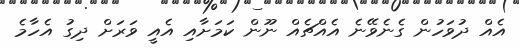
އެއް ދުވަހުން ގެނެވޭނެ އެއްޗެއް ނޫން ކަމަށާއި އެއީ ވަރަށް ދިގު އެހާމެ